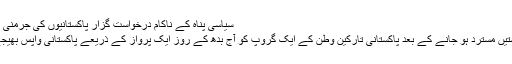
سیاسی پناہ کے ناکام درخواست گزار پاکستانیوں کی جرمنی بدری 06.12.2017
سیاسی پناہ کی درخواستیں مسترد ہو جانے کے بعد پاکستانی تارکین وطن کے ایک گروپ کو آج بدھ کے روز ایک پرواز کے ذریعے پاکستانی واپس بھیجے جانے کی توقع ہے۔